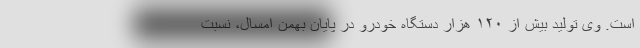
است. وی تولید بیش از ۱۲۰ هزار دستگاه خودرو در پایان بهمن امسال، نسبت